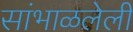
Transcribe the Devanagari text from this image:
सांभाळलेली